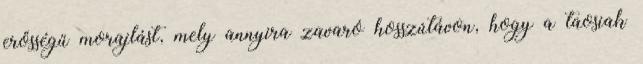
erősségű morajlást, mely annyira zavaró hosszútávon, hogy a taosiak